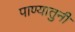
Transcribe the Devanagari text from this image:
पाण्यातुनी